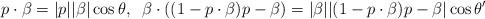
LaTeX: \begin{align*}p\cdot\beta=|p| |\beta|\cos\theta,\;\; \beta\cdot((1-p\cdot\beta)p-\beta)=|\beta||(1-p\cdot\beta)p-\beta|\cos\theta'\end{align*}